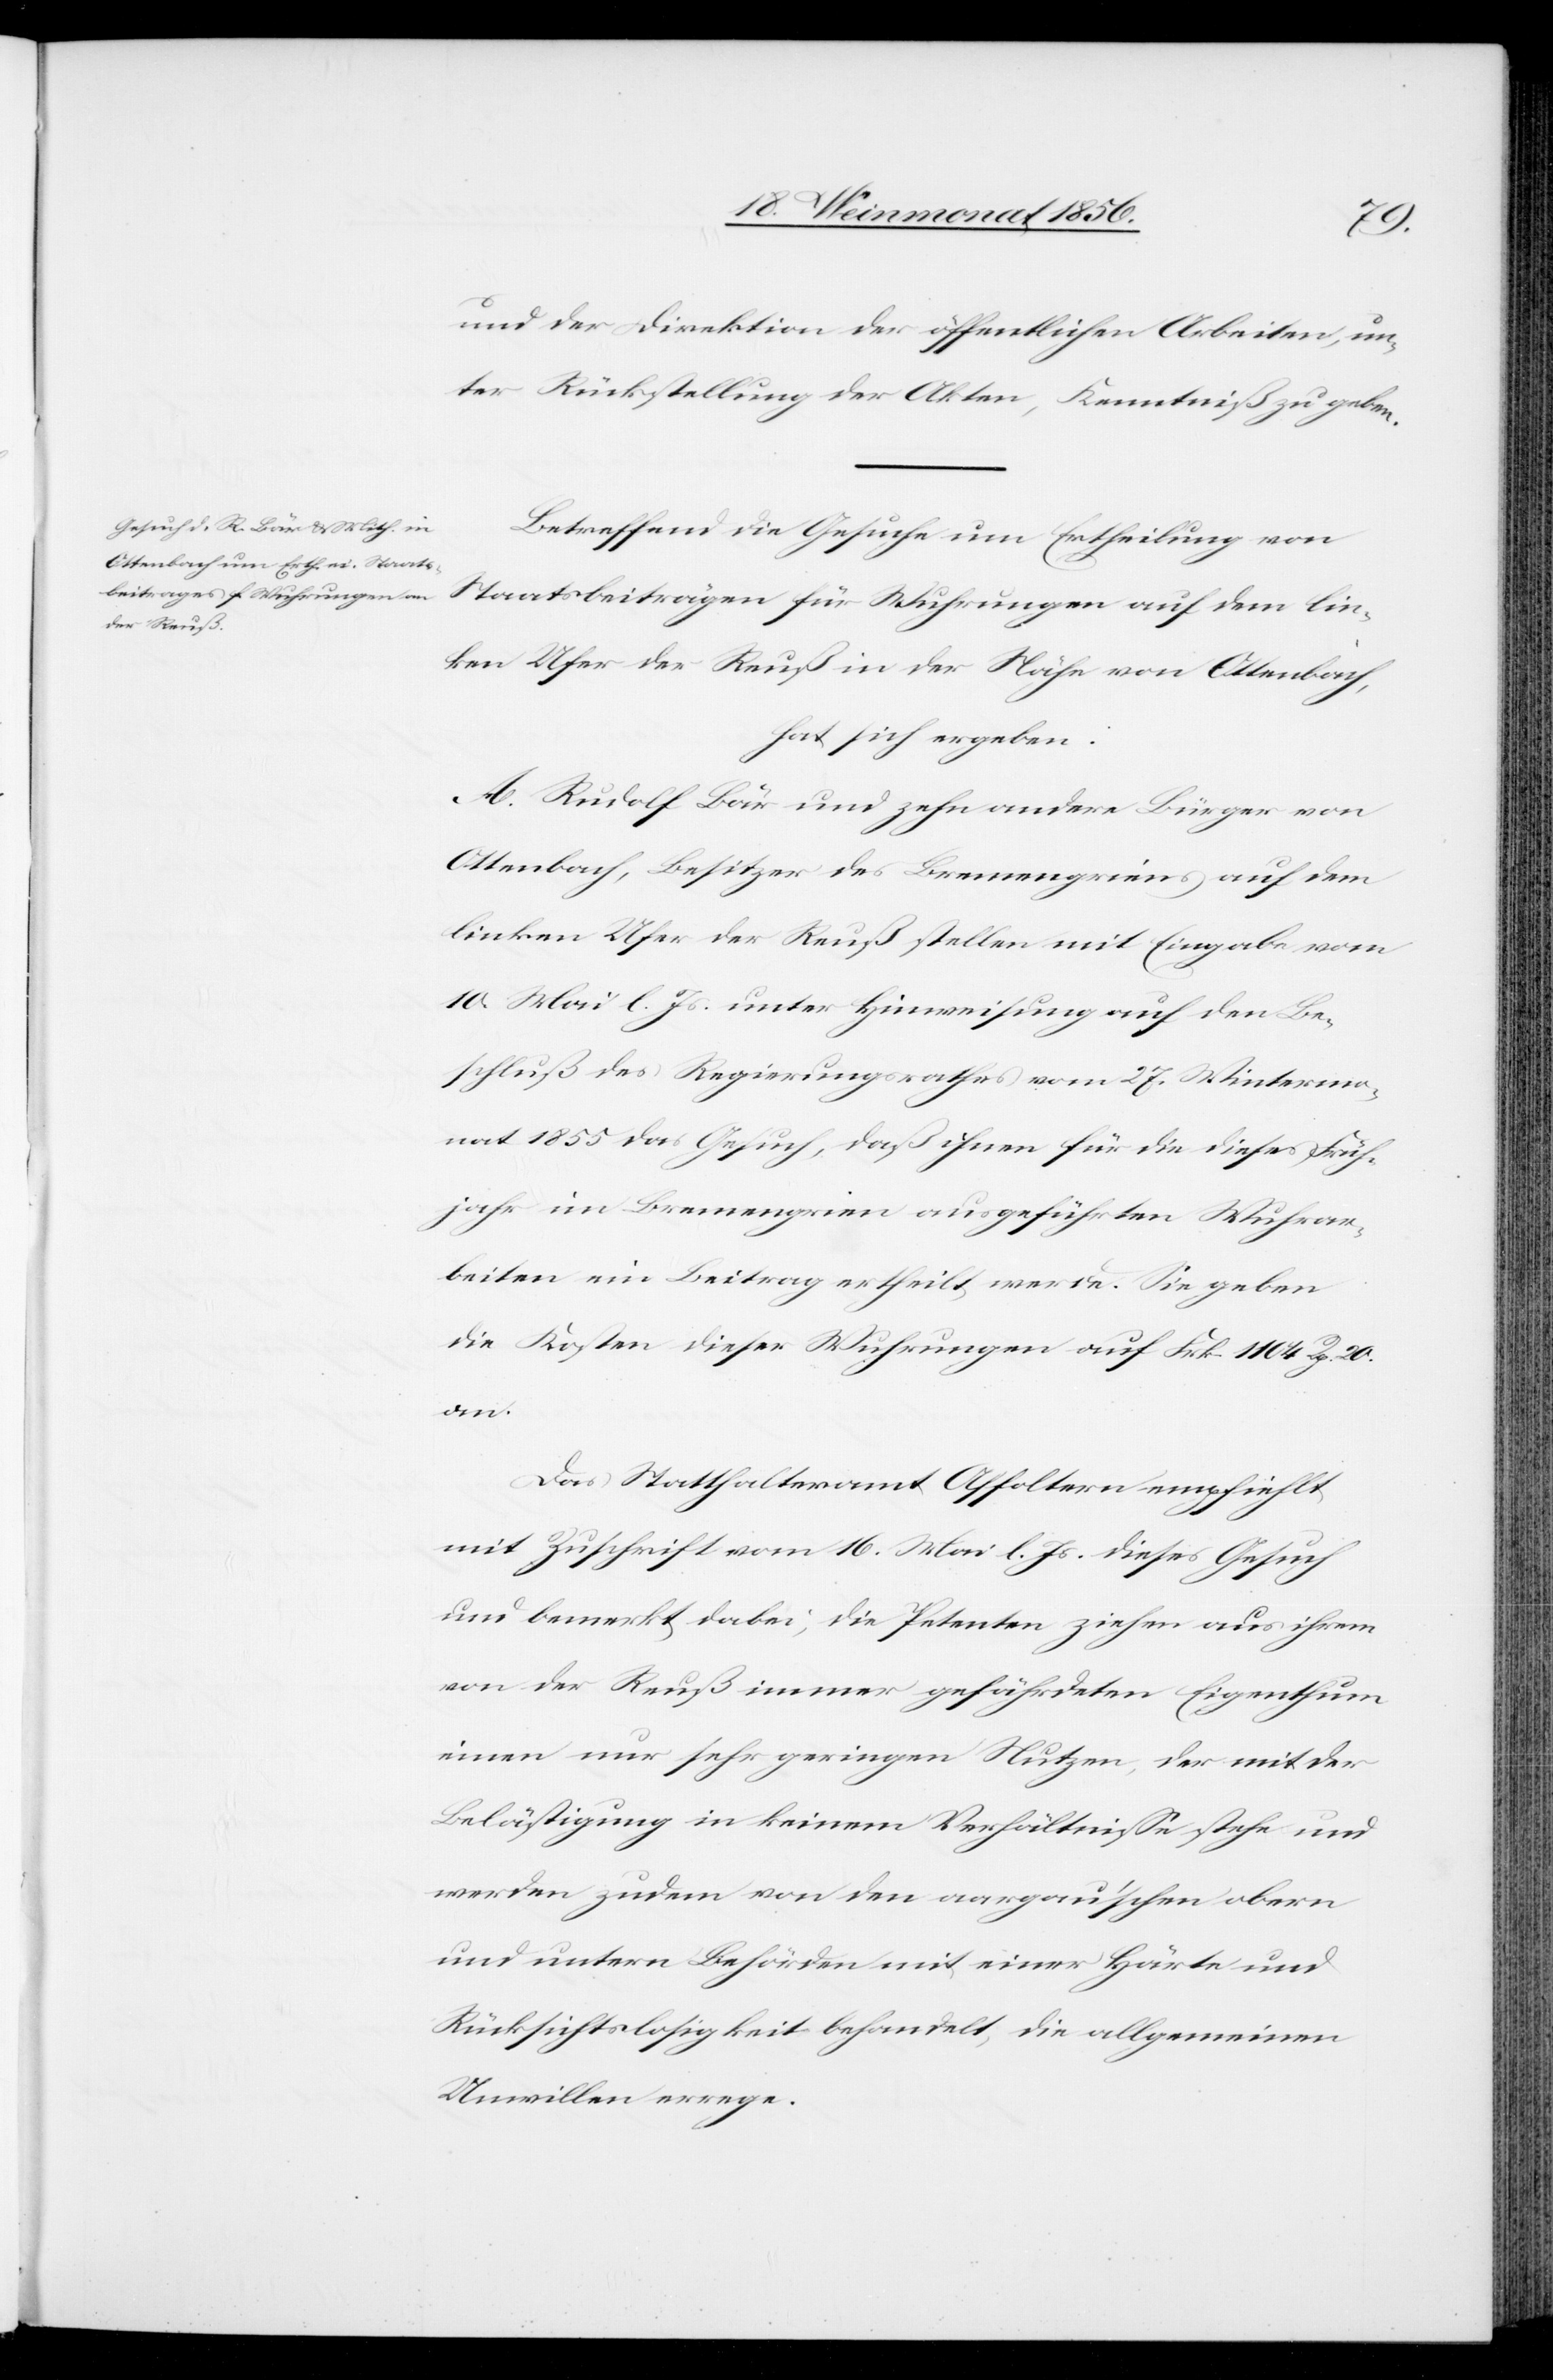
und der Direktion der öffentlichen Arbeiten, un¬
ter Rückstellung der Akten, Kenntniß zu geben.
Betreffend die Gesuche um Ertheilung von
Staatsbeiträgen für Wuhrungen auf dem lin¬
ken Ufer der Reuß in der Nähe von Ottenbach,
hat sich ergeben:
A. Rudolf Bär und zehn andere Bürger von
Ottenbach, Besitzer des Bremengriens auf dem
linken Ufer der Reuß stellen mit Eingabe vom
10. Mai l. Js. unter Hinweisung auf den Be¬
schluß des Regierungsrathes vom 27. Wintermo¬
nat 1855 das Gesuch, daß ihnen für die dieses Früh¬
jahr im Bremengrien ausgeführten Wuhrar¬
beiten ein Beitrag ertheilt werde. Sie geben
die Kosten dieser Wuhrungen auf Frk. 1104 Rp. 20.
an.
Das Statthalteramt Affoltern empfiehlt
mit Zuschrift vom 16. Mai l. Js. dieses Gesuch
und bemerkt dabei, die Petenten ziehen aus ihrem
von der Reuß immer gefährdeten Eigenthum
einen nur sehr geringen Nutzen, der mit der
Belästigung in keinem Verhältnisse stehe und
werden zudem von den aargau'schen obern
und untern Behörden mit einer Härte und
Rücksichtslosigkeit behandelt, die allgemeinen
Unwillen errege.